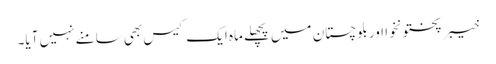
خیبر پختونخوا اور بلوچستان میں پچھلے ماہ ایک کیس بھی سامنے نہیں آیا۔